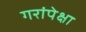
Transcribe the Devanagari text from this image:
गरांपेक्षा